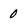
Character: 0